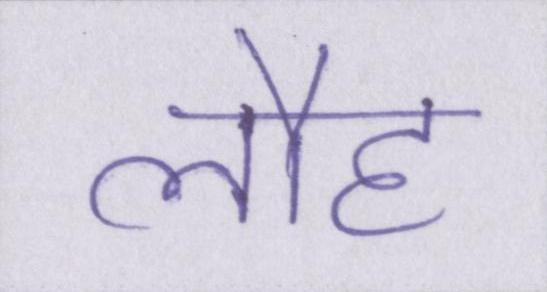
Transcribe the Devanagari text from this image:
लौह